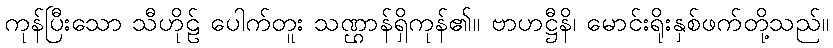
ကုန်ပြီးသော သီဟိုဠ် ပေါက်တူး သဏ္ဌာန်ရှိကုန်၏။ ဗာဟဋ္ဌီနိ၊ မောင်းရိုးနှစ်ဖက်တို့သည်။